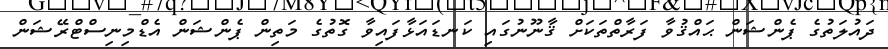
ދައުލަތުގެ ޕެންޝަން ޙައްޤުވާ ފަރާތްތަކަށް ޤާނޫނުގައި ކަނޑައަޅާފައިވާ ގޮތުގެ މަތިން ޕެންޝަން އެޑްމިނިސްޓްރޭޝަން